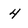
Character: 4